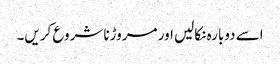
اسے دوبارہ نکالیں اور مروڑنا شروع کریں۔